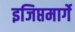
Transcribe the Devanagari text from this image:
इजिप्तमार्गे